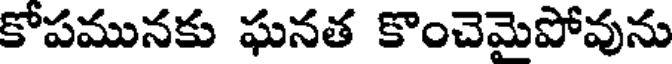
కోపమునకు ఘనత కొంచెమైపోవును